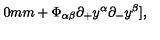
\hspace { 2 0 m m } + \Phi _ { \alpha \beta } { \partial _ { + } } y ^ { \alpha } { \partial _ { - } } y ^ { \beta } ] ,